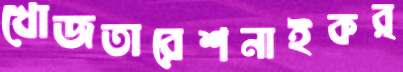
খোজতারেশনাইকর্